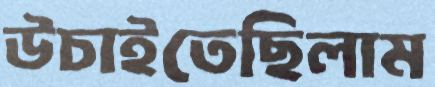
উচাইতেছিলাম